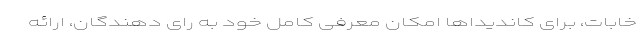
خابات، برای کاندیداها امکان معرفی کامل خود به رای دهندگان، ارائه